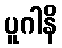
ပူဂါနိ